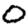
Digit: 0